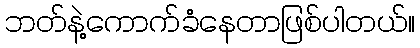
ဘတ်နဲ့ကောက်ခံနေတာဖြစ်ပါတယ်။